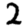
Digit: 2